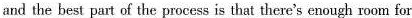
and the best part of the process is that there's enough room for